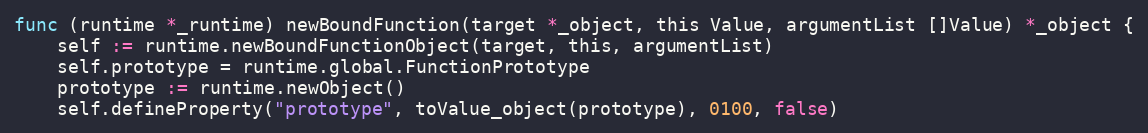
Language: Go
func (runtime *_runtime) newBoundFunction(target *_object, this Value, argumentList []Value) *_object {
	self := runtime.newBoundFunctionObject(target, this, argumentList)
	self.prototype = runtime.global.FunctionPrototype
	prototype := runtime.newObject()
	self.defineProperty("prototype", toValue_object(prototype), 0100, false)